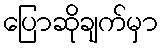
ပြောဆိုချက်မှာ